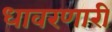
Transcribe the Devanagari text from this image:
धावरणारी